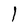
Character: l